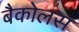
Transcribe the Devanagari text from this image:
बैकोलस